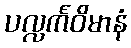
ပလ္လင်္ကဝိမာနံ